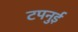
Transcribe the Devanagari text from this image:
टपनुई